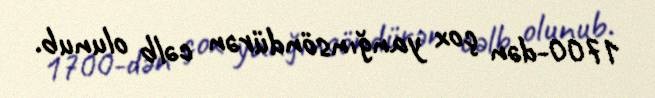
1700-dən çox yanğınsöndürən cəlb olunub.